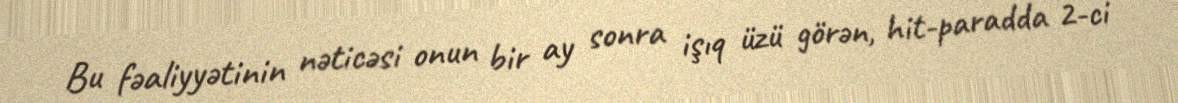
Bu fəaliyyətinin nəticəsi onun bir ay sonra işıq üzü görən, hit-paradda 2-ci